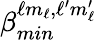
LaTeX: \beta_{min}^{\ell m_{\ell},\ell^{\prime}m_{\ell}^{\prime}}